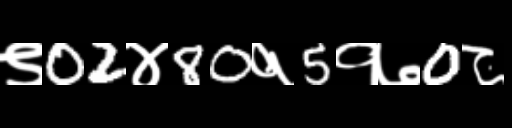
Text: ९02४80१5१७0८